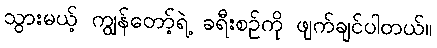
သွားမယ့် ကျွန်တော့်ရဲ့ ခရီးစဉ်ကို ဖျက်ချင်ပါတယ်။